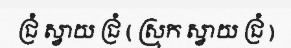
ជ្រំ ស្វាយ ជ្រំ ( ស្រុក ស្វាយ ជ្រំ )